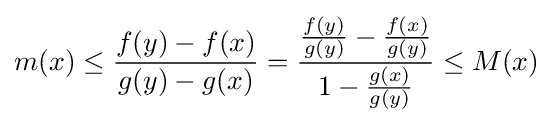
m(x)\leq {\frac {f(y)-f(x)}{g(y)-g(x)}}={\frac {{\frac {f(y)}{g(y)}}-{\frac {f(x)}{g(y)}}}{1-{\frac {g(x)}{g(y)}}}}\leq M(x)